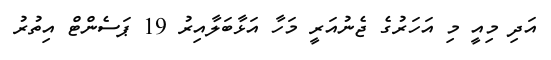
އަދި މިއީ މި އަހަރުގެ ޖެނުއަރީ މަހާ އަޅާބަލާއިރު 19 ޕަސެންޓް އިތުރު